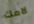
لامك